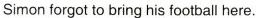
Simon forgot to bring his football here.